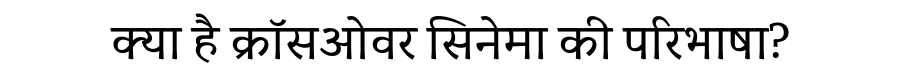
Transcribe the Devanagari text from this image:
क्या है क्रॉसओवर सिनेमा की परिभाषा?